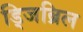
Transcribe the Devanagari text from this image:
ड्जिब्रिल